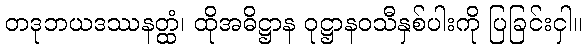
တဒုဘယဒဿနတ္ထံ၊ ထိုအဓိဋ္ဌာန ဝုဋ္ဌာနဝသီနှစ်ပါးကို ပြခြင်းငှါ။